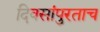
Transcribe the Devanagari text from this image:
दिवसांपुरताच